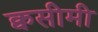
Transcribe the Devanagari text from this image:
क्वसीमी